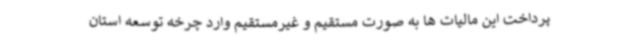
پرداخت این مالیات ها به صورت مستقیم و غیرمستقیم وارد چرخه توسعه استان